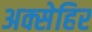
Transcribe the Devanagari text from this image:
अक्सेहिर